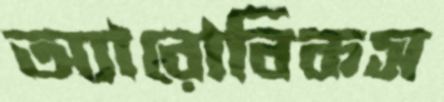
অ্যারোবিকস